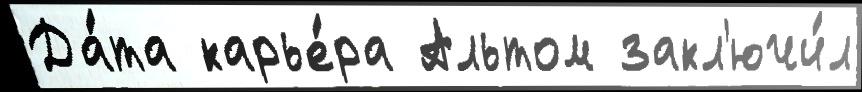
Да́та карье́ра Альтом закл'ючи́л